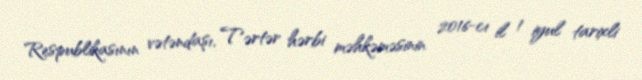
Respublikasının vətəndaşı, Tərtər hərbi məhkəməsinin 2016-cı il 1 iyul tarixli